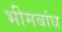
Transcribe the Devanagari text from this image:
भीमबांध